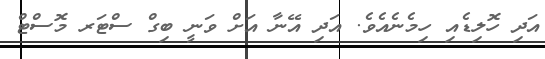
އަދި ހޮލިޑެއި ހިމެނެއެވެ. އަދި އޭނާ އަށް ވަނީ ބިގް ސްޓަރ މޮސްޓް